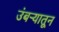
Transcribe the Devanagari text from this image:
उंबऱ्यातून